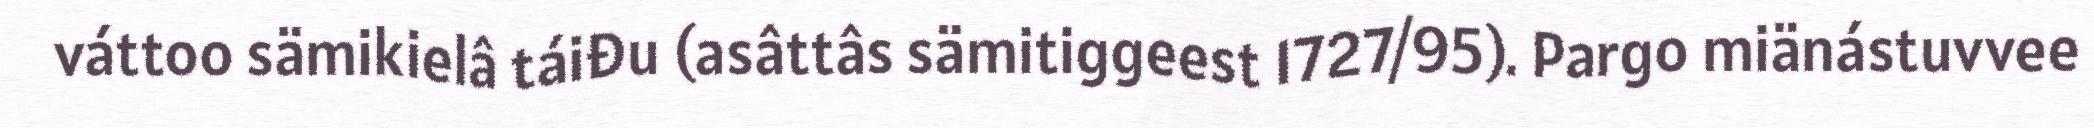
váttoo sämikielâ táiđu (asâttâs sämitiggeest 1727/95). Pargo miänástuvvee